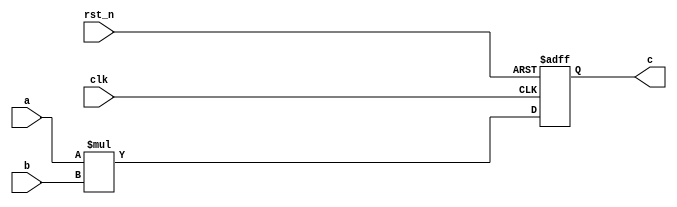
// A Simple 4-bit Multiplier naive implementation
//
`timescale 1ns/1ps

module mult_ver(
	input wire clk,
	input wire rst_n,
	input wire signed [3:0] a,
	input wire signed [3:0] b,
	output reg signed [7:0] c
	);

always @(posedge clk or negedge rst_n)
	begin
		if (rst_n == 1'b0) begin
			c <= 8'h00;
		end else begin
			c <= a * b;
		end
	end
endmodule